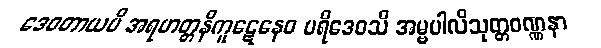
ဒေဝတာယပိ အရဟတ္တနိကူဋေနေဝ ပရိဒေဝသိ အမ္ဗပါလိသုတ္တဝဏ္ဏနာ